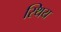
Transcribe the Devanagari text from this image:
स्थिय